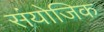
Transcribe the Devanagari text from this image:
संयोजिक